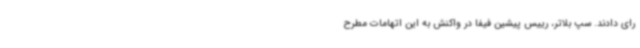
رای دادند. سپ بلاتر، رییس پیشین فیفا در واکنش به این اتهامات مطرح